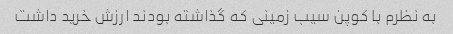
به نظرم با کوپن سیب زمینی که گذاشته بودند ارزش خرید داشت